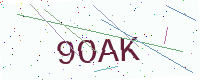
Text: 9OAK